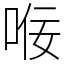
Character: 𫪢